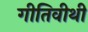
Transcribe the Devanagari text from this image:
गीतिवीथी